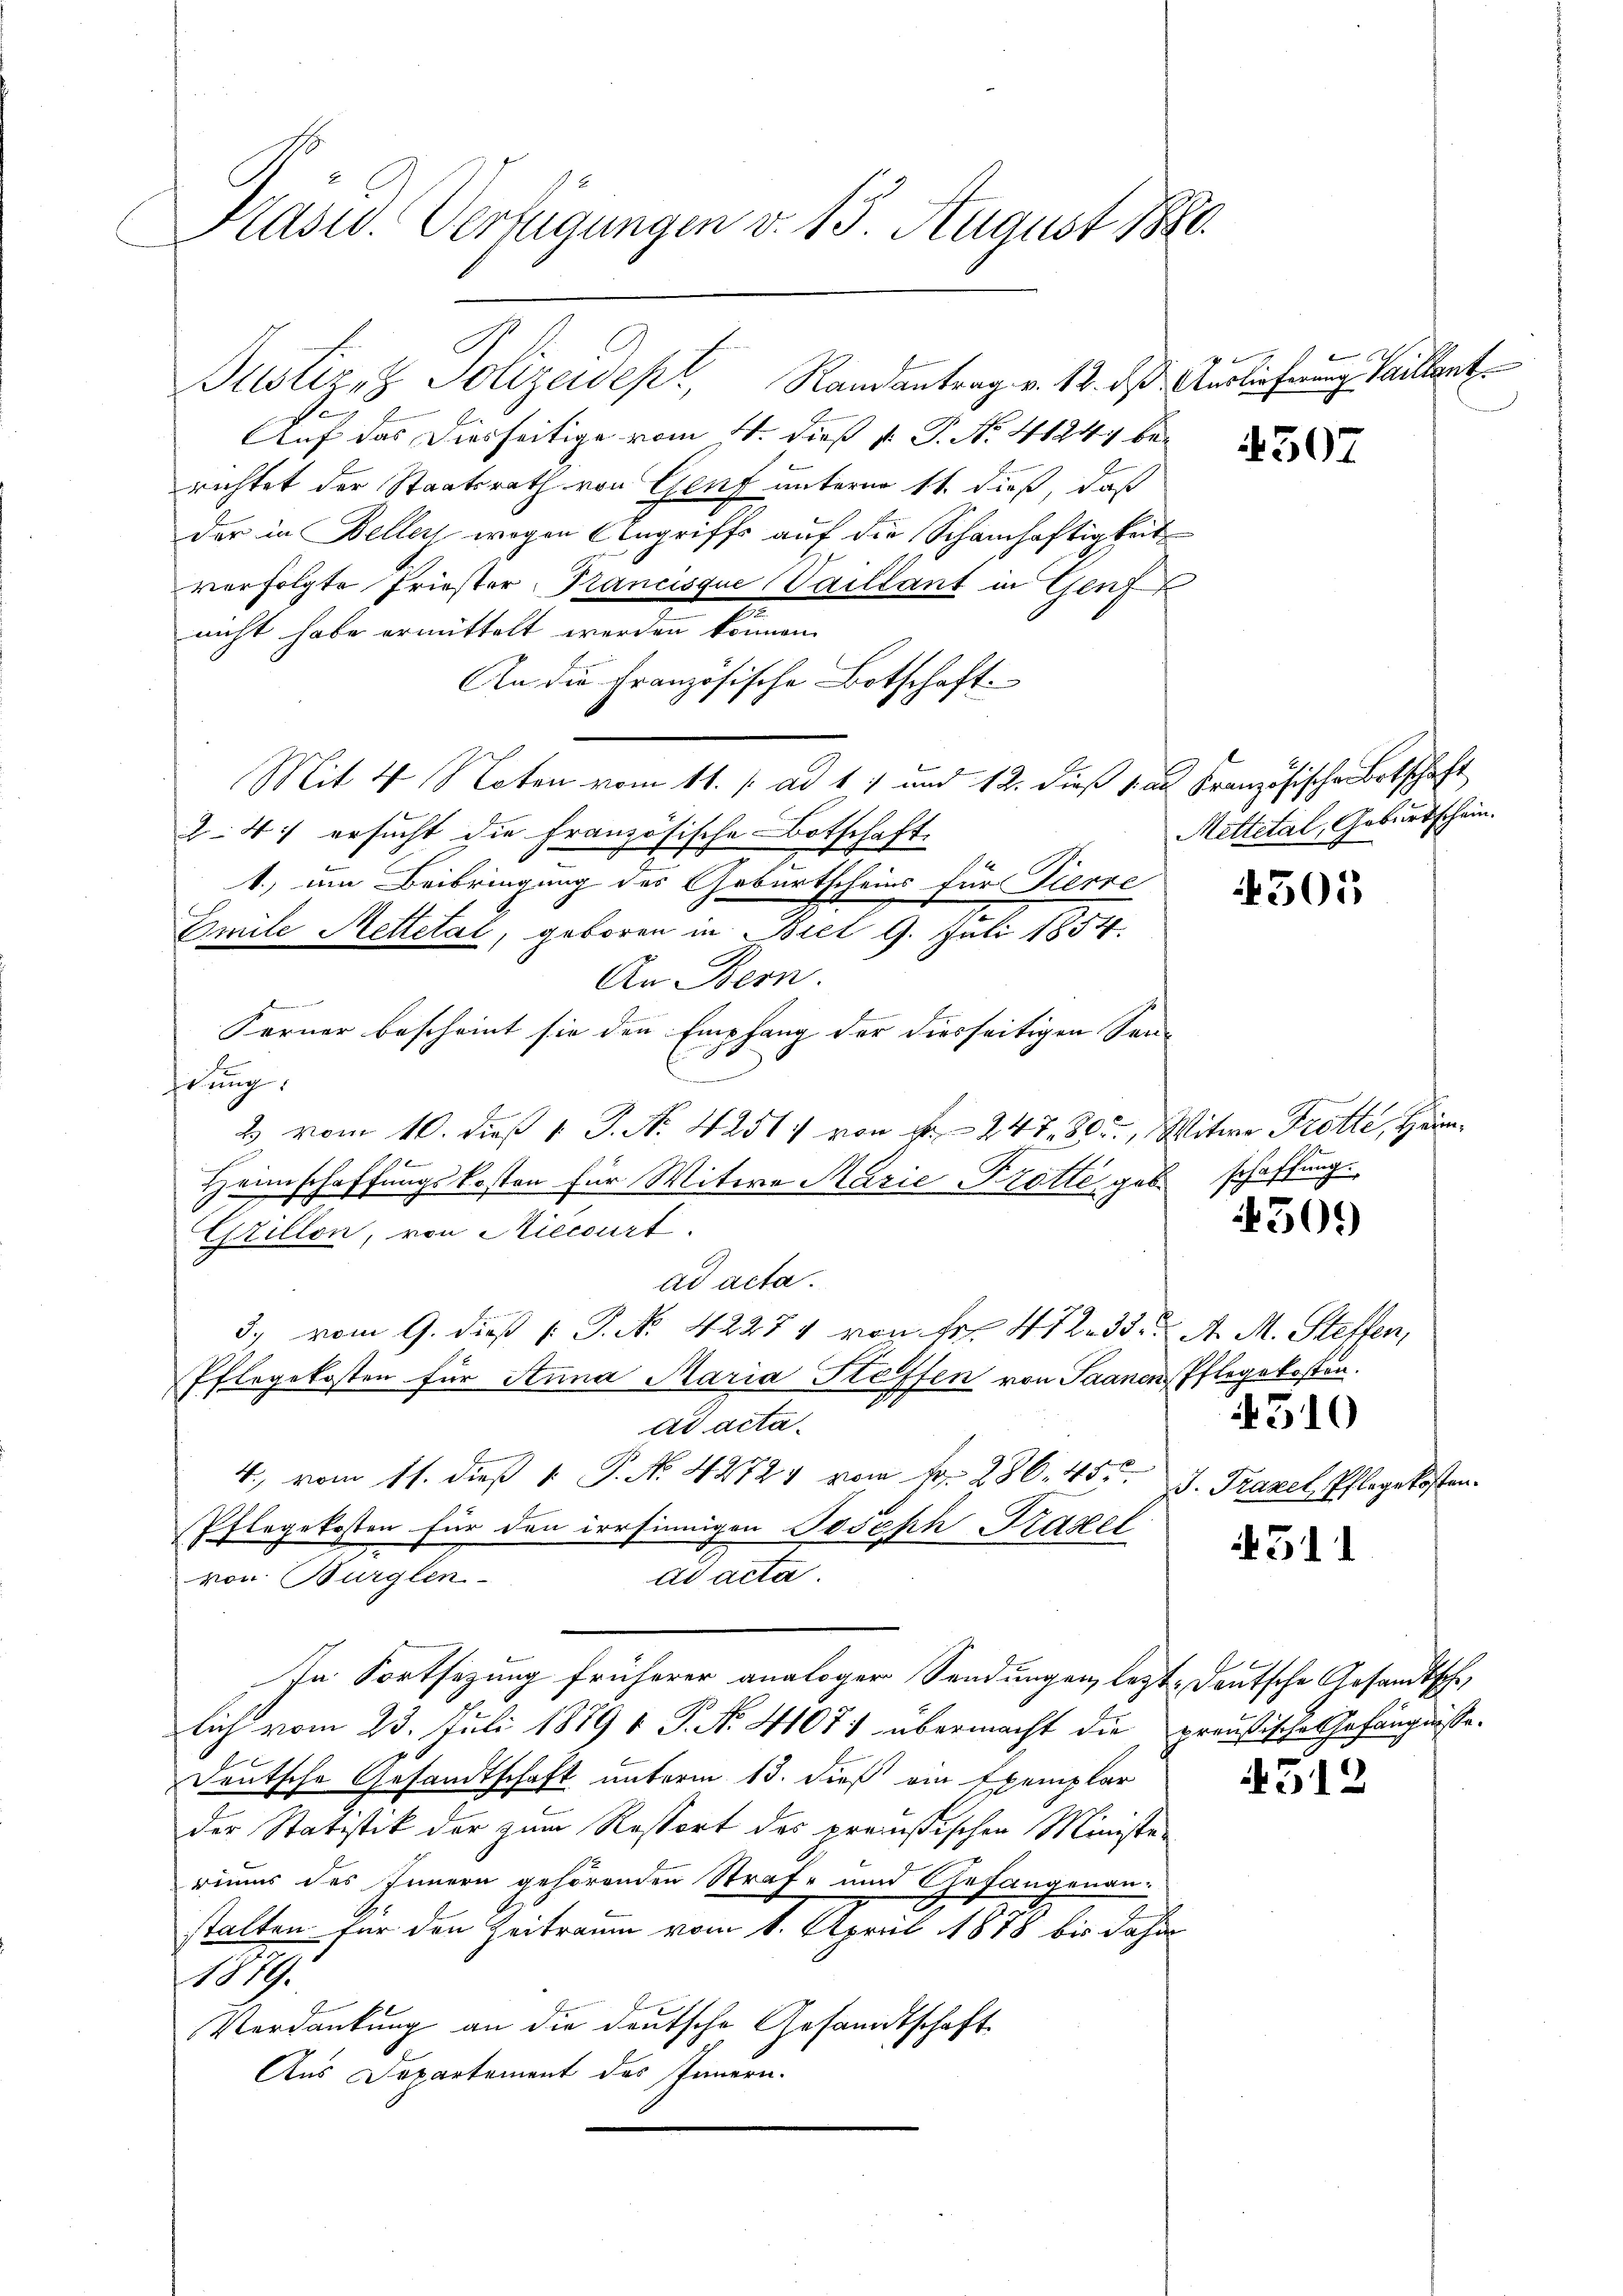
Kasw. Verfügungen v. 13. August 1880.

Justiz & Polizeidept, Randantrag v. 12. des Auslieferung Villant
Auf das Diesseitige vom 4. dieß v. P. N. 41241 berichtet der Staatsrath von Genf unterm 11. dieß, daß
der in Beller wegen Angriffs auf die Schamhaftigkeit
verfolgte Priester, Trancisque Vaillant in Genf
nicht habe ermittelt werden können.
An die Französische Botschaft
Mit 4 Noten vom 11. / ad 1. und 12. dieß das Kranzösische Botschaft
24: ersucht die französische Botschaft.
1.) um Beibringung des Geburtscheins für Tierre
Emile Mettetal, geboren in Biet 9. Juli 1854.
An Bern.
Ferner bescheint sie den Empfang der diesseitigen Son-
D
htung
2 vom 10. dieß 1 J. N. 4251) von Fr. 247, 805., Witwe Trotte, Heim¬
Heimschaffungskosten für Witwe Marie Protte, geb.
Grillon, von Miecourt
ad acta.
3. vom 9. dieß (: P. Nr. 42274 von Fr. 472. 33. A. M. Steffen,
Pflegekosten für Anna Maria Hoffen von Saanen Pflegekosten.
ad acta.
4. vom 11. dieβ 1. P. N. 42724 vom fr. 286. 45. I. Trazel, Pflegekosten.
Pflegekosten für den irrsinnigen Poseph Krasel
von Bürglen
ad acta.
In Fortsezung früherer analoger Sendungen, letzt. Deutsche Gesandtsche
lich vom 23. Juli 1879 v. P. Nr. 4107) übermacht die preußische Gefängnisse.
Deutsche Gesandtschaft unterm 13. dieß ein Exemplar
der Statistik der zum Resport des preußischen Ministe-
riums des Innern gehörenden Strafe und Gefangenan-
stalten für den Zeitraum vom 1. April 1878 bis dahin
1819.
Verdankung an die deutsche Gesandtschaft
Aus Departement des Innern.

4507

Mettetal, Geburtschein

4505

schaffung.

509)

510

4511

4512